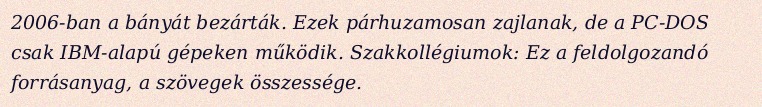
2006-ban a bányát bezárták. Ezek párhuzamosan zajlanak, de a PC-DOS csak IBM-alapú gépeken működik. Szakkollégiumok: Ez a feldolgozandó forrásanyag, a szövegek összessége.